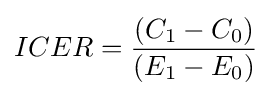
ICER={\frac {(C_{1}-C_{0})}{(E_{1}-E_{0})}}